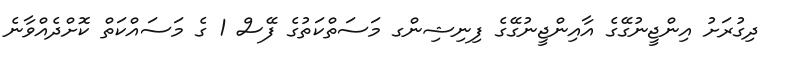
ދިގުރަށު އިންޖީނުގޭގެ އާއިންޖީނުގޭގެ ފިނިޝިންގ މަސަތްކަތުގެ ފޭސް 1 ގެ މަސައްކަތް ކޮށްދެއްވާނެ